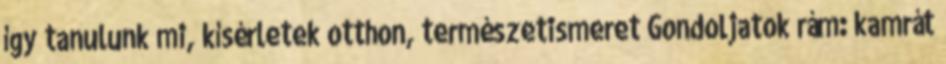
így tanulunk mi, kísérletek otthon, természetismeret Gondoljatok rám: kamrát